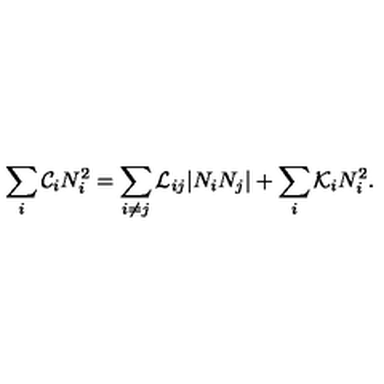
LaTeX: \sum _ { i } { \cal C } _ { i } N _ { i } ^ { 2 } = \sum _ { i \neq j } { \cal L } _ { i j } | N _ { i } N _ { j } | + \sum _ { i } { \cal K } _ { i } N _ { i } ^ { 2 } .